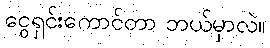
ငွေရှင်းကောင်တာ ဘယ်မှာလဲ။